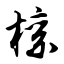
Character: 檩